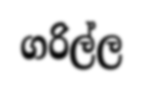
ගරිල්ල